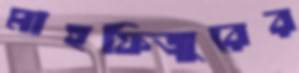
মাহফিজুরের